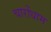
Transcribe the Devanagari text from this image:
चारोंधाम